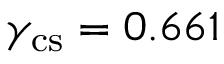
\gamma _ { \mathrm { c s } } = 0 . 6 6 1